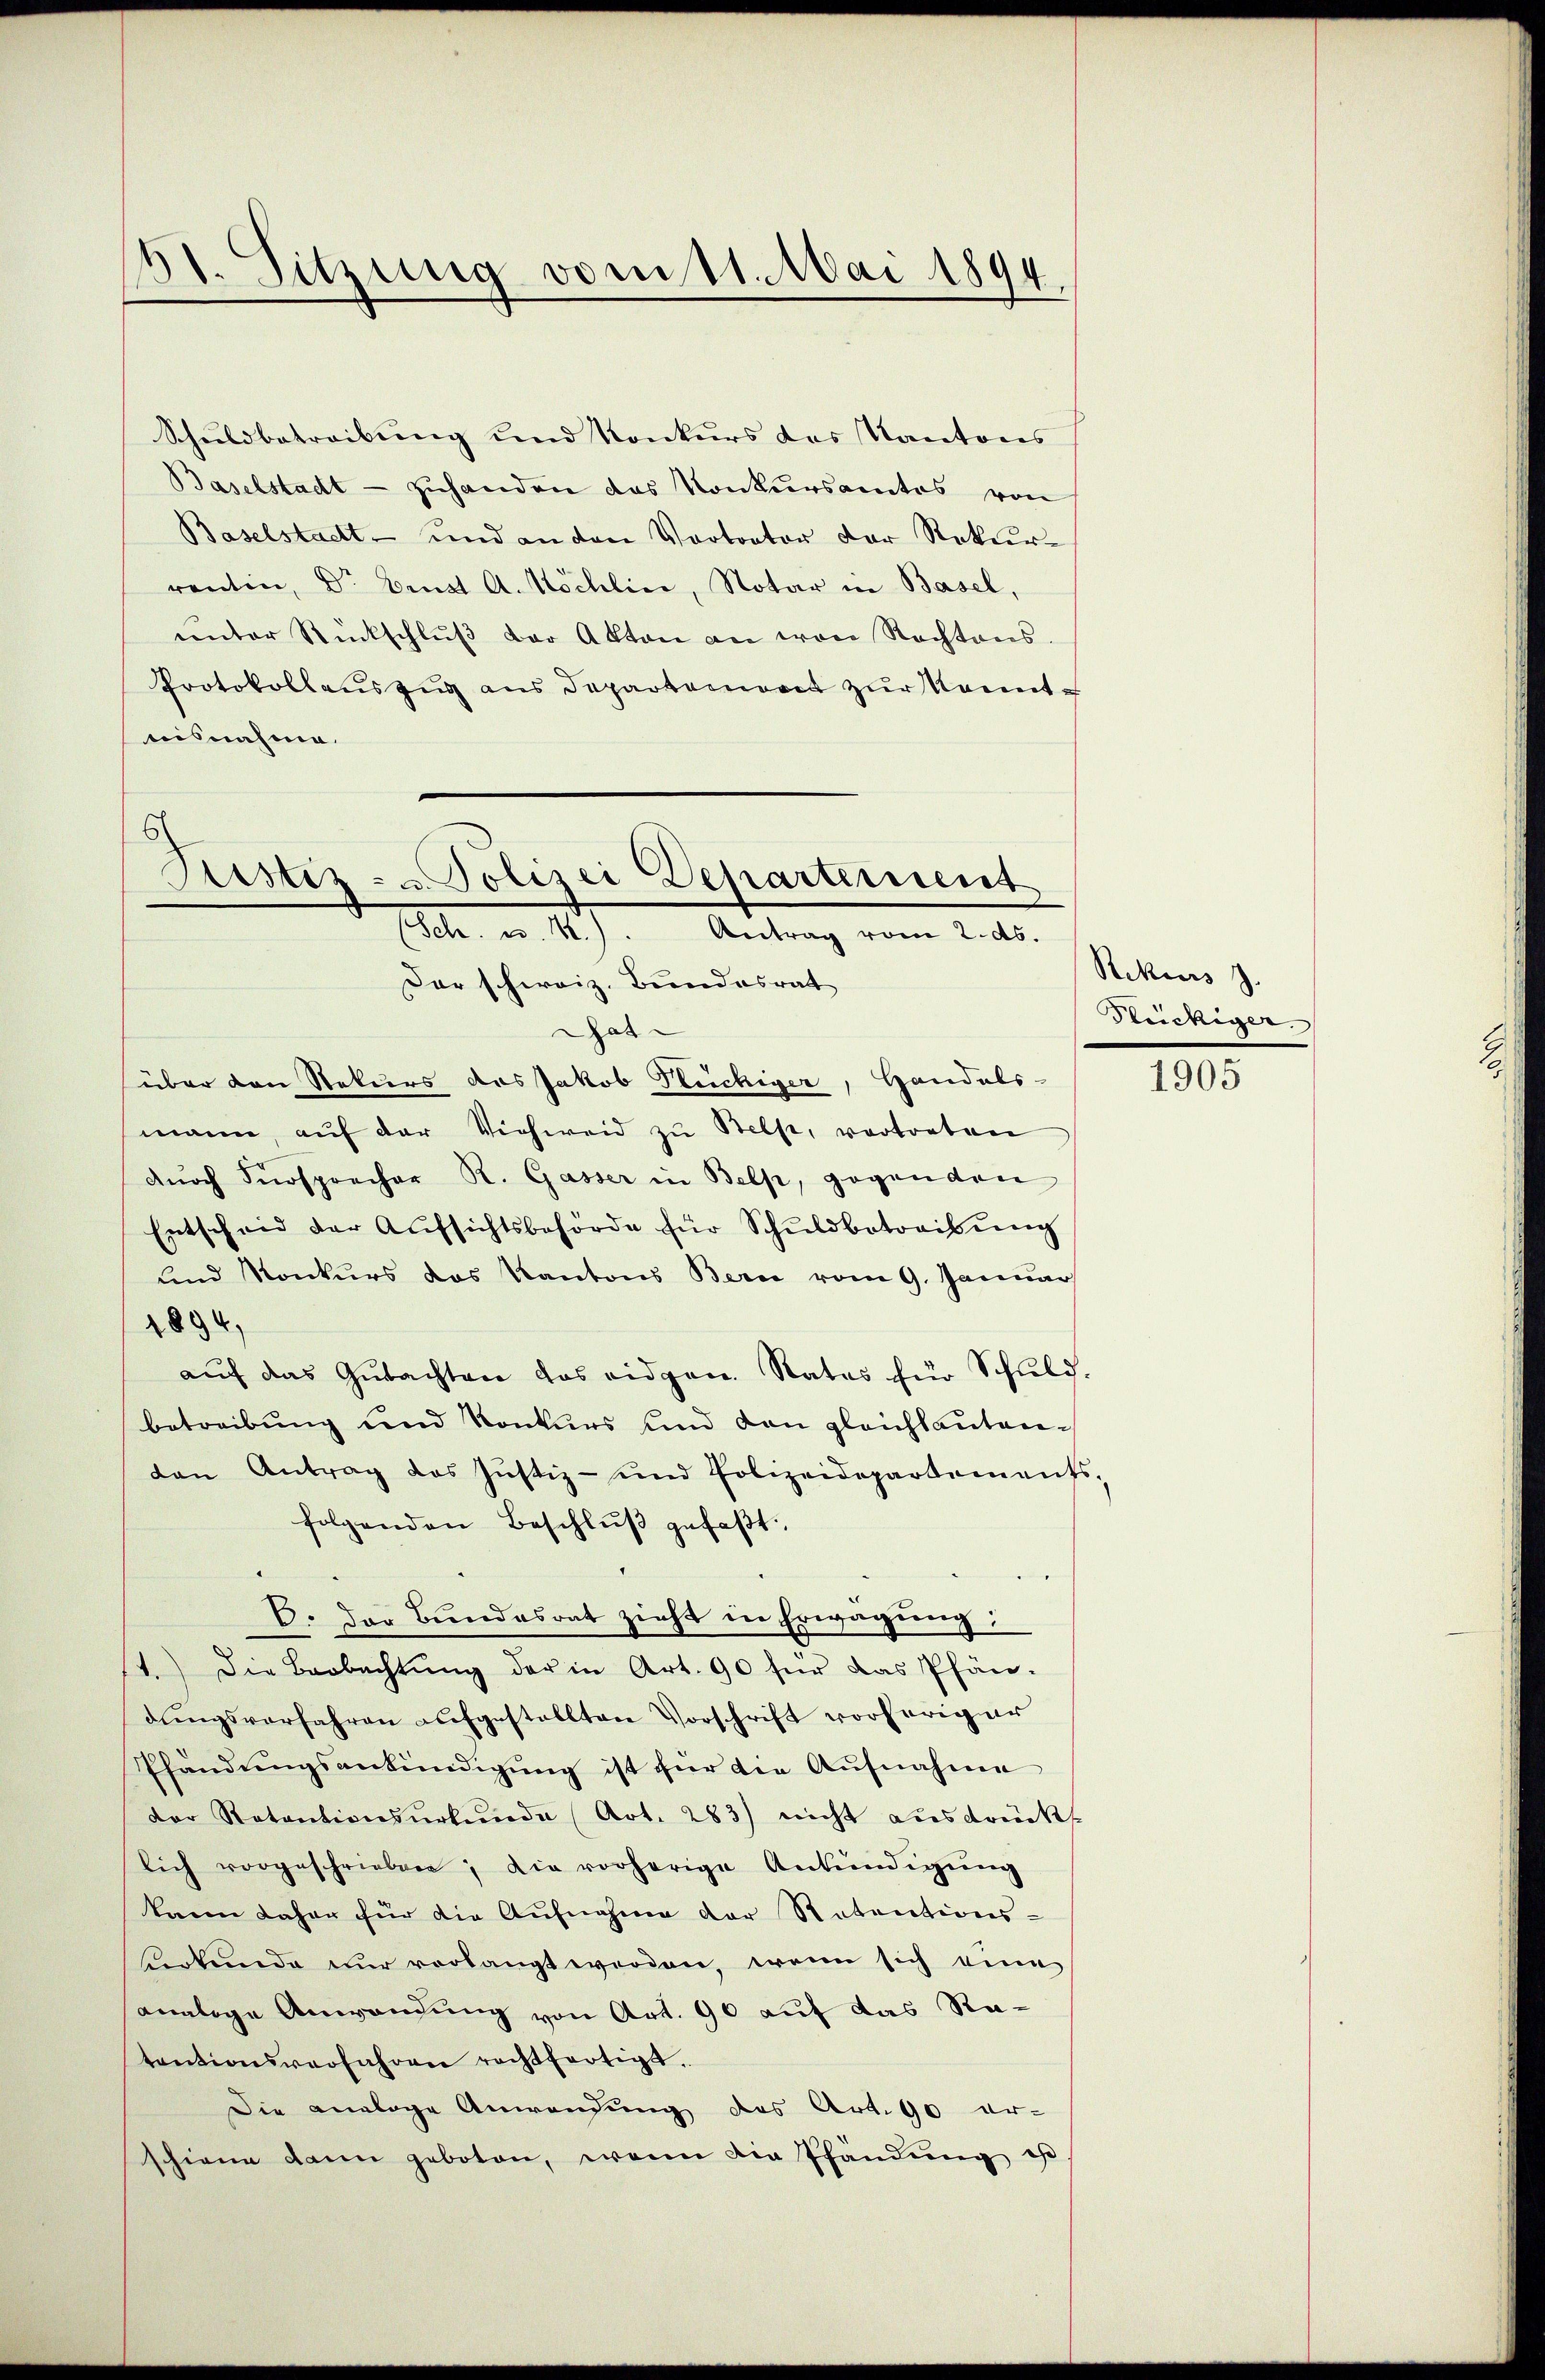
dt. Sitzung vom 11. Mai 1894

Schuldbetreibung und Konkurs das Kantons
Baselstadt - zuhanden das Konkursamtes von
Baselstadt- und an den Vortrator der Rekur-
rantin, Dr Brust A. Köchlin, Notar in Basel,
ŭnter Rückschlŭβ der Akten an von Rechtens.
Protokollauszug aus Departement zur Kenntaisnahme.
Justiz- & Polizei Departement

(Schr. v. M.). Antrag vom 2. ds.
Der schweiz. Bundesrat

Chat
über den Rekurs des Jakob Rückiger, Handels-
mann, aŭf der Viehweid zŭ Belp, vortreten
durch Fürsprecher R. Gasser in Belp, gegenden
Entscheid der Aŭfsichtsbehörde für Schuldbetreibŭng
und Konkurs das Kantons Bern vom 9. Januar
2894.
auf das Gutachten das eidgen. Rates für Schuld.
betreibung und Konkurs und den gleichlautenden Antrag des Justiz- und Polizeidepartaments-
folgenden Beschlŭβ gefaßt:
E. Der Bundesrat zieht in Erwägung:
14.) Die Beobachtŭng der in Art. 90 für das Pfän-
dŭngsverfahren aufgestellten Vorschrift vorheriger
Pfändŭngsankündigŭng ist für die Aŭfnahme
der Retentionsŭrkŭnde (Art. 283) nicht ausdrückt
lich vorgeschrieben; die vorherige Ankündigŭng
kann daher für die Aufnahme der Statentions-
Verkunde nur vorlangt werden, wenn sich eine
analoge Anwendung von Art. 90 auf das Ratentionsverfahren rechtfertigt.
Die Analoge Anwendung des Art. 90 er-
schiene dann geboten, wenn die Pfändung ehe

Rekurs 7.
Strickiger

1905